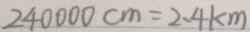
2 4 0 0 0 0 c m = 2 . 4 k m